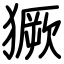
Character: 獗